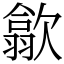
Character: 歙